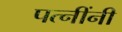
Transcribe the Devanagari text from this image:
पत्नींनी